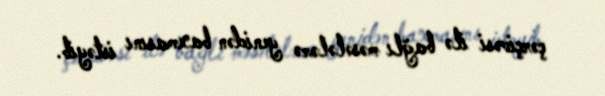
çərçivəsi ilə bağlı məsələlərə yenidən baxmasını istəyib.